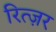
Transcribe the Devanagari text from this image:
रित्ज़र